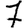
Digit: 7